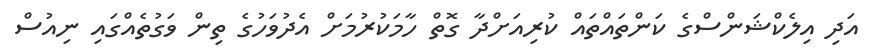
އަދި އިލެކްޝަންސްގެ ކަންތައްތައް ކުރިއަށްދާ ގޮތް ހާމަކުރުމަށް އެދުވަހުގެ ތިން ވަގުތެއްގައި ނިއުސް